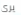
يرى